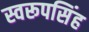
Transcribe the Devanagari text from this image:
स्वरूपसिंह